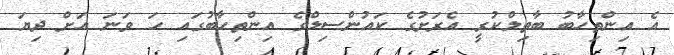
އެ އިންތިހާބު ބާތިލްކުރީ އެރަށުގެ ކައުންސިލްގެ އިންތިހާބުގައި ހަ ވަނަ އަށް ދިޔަ